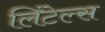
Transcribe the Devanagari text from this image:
लिंटेल्स